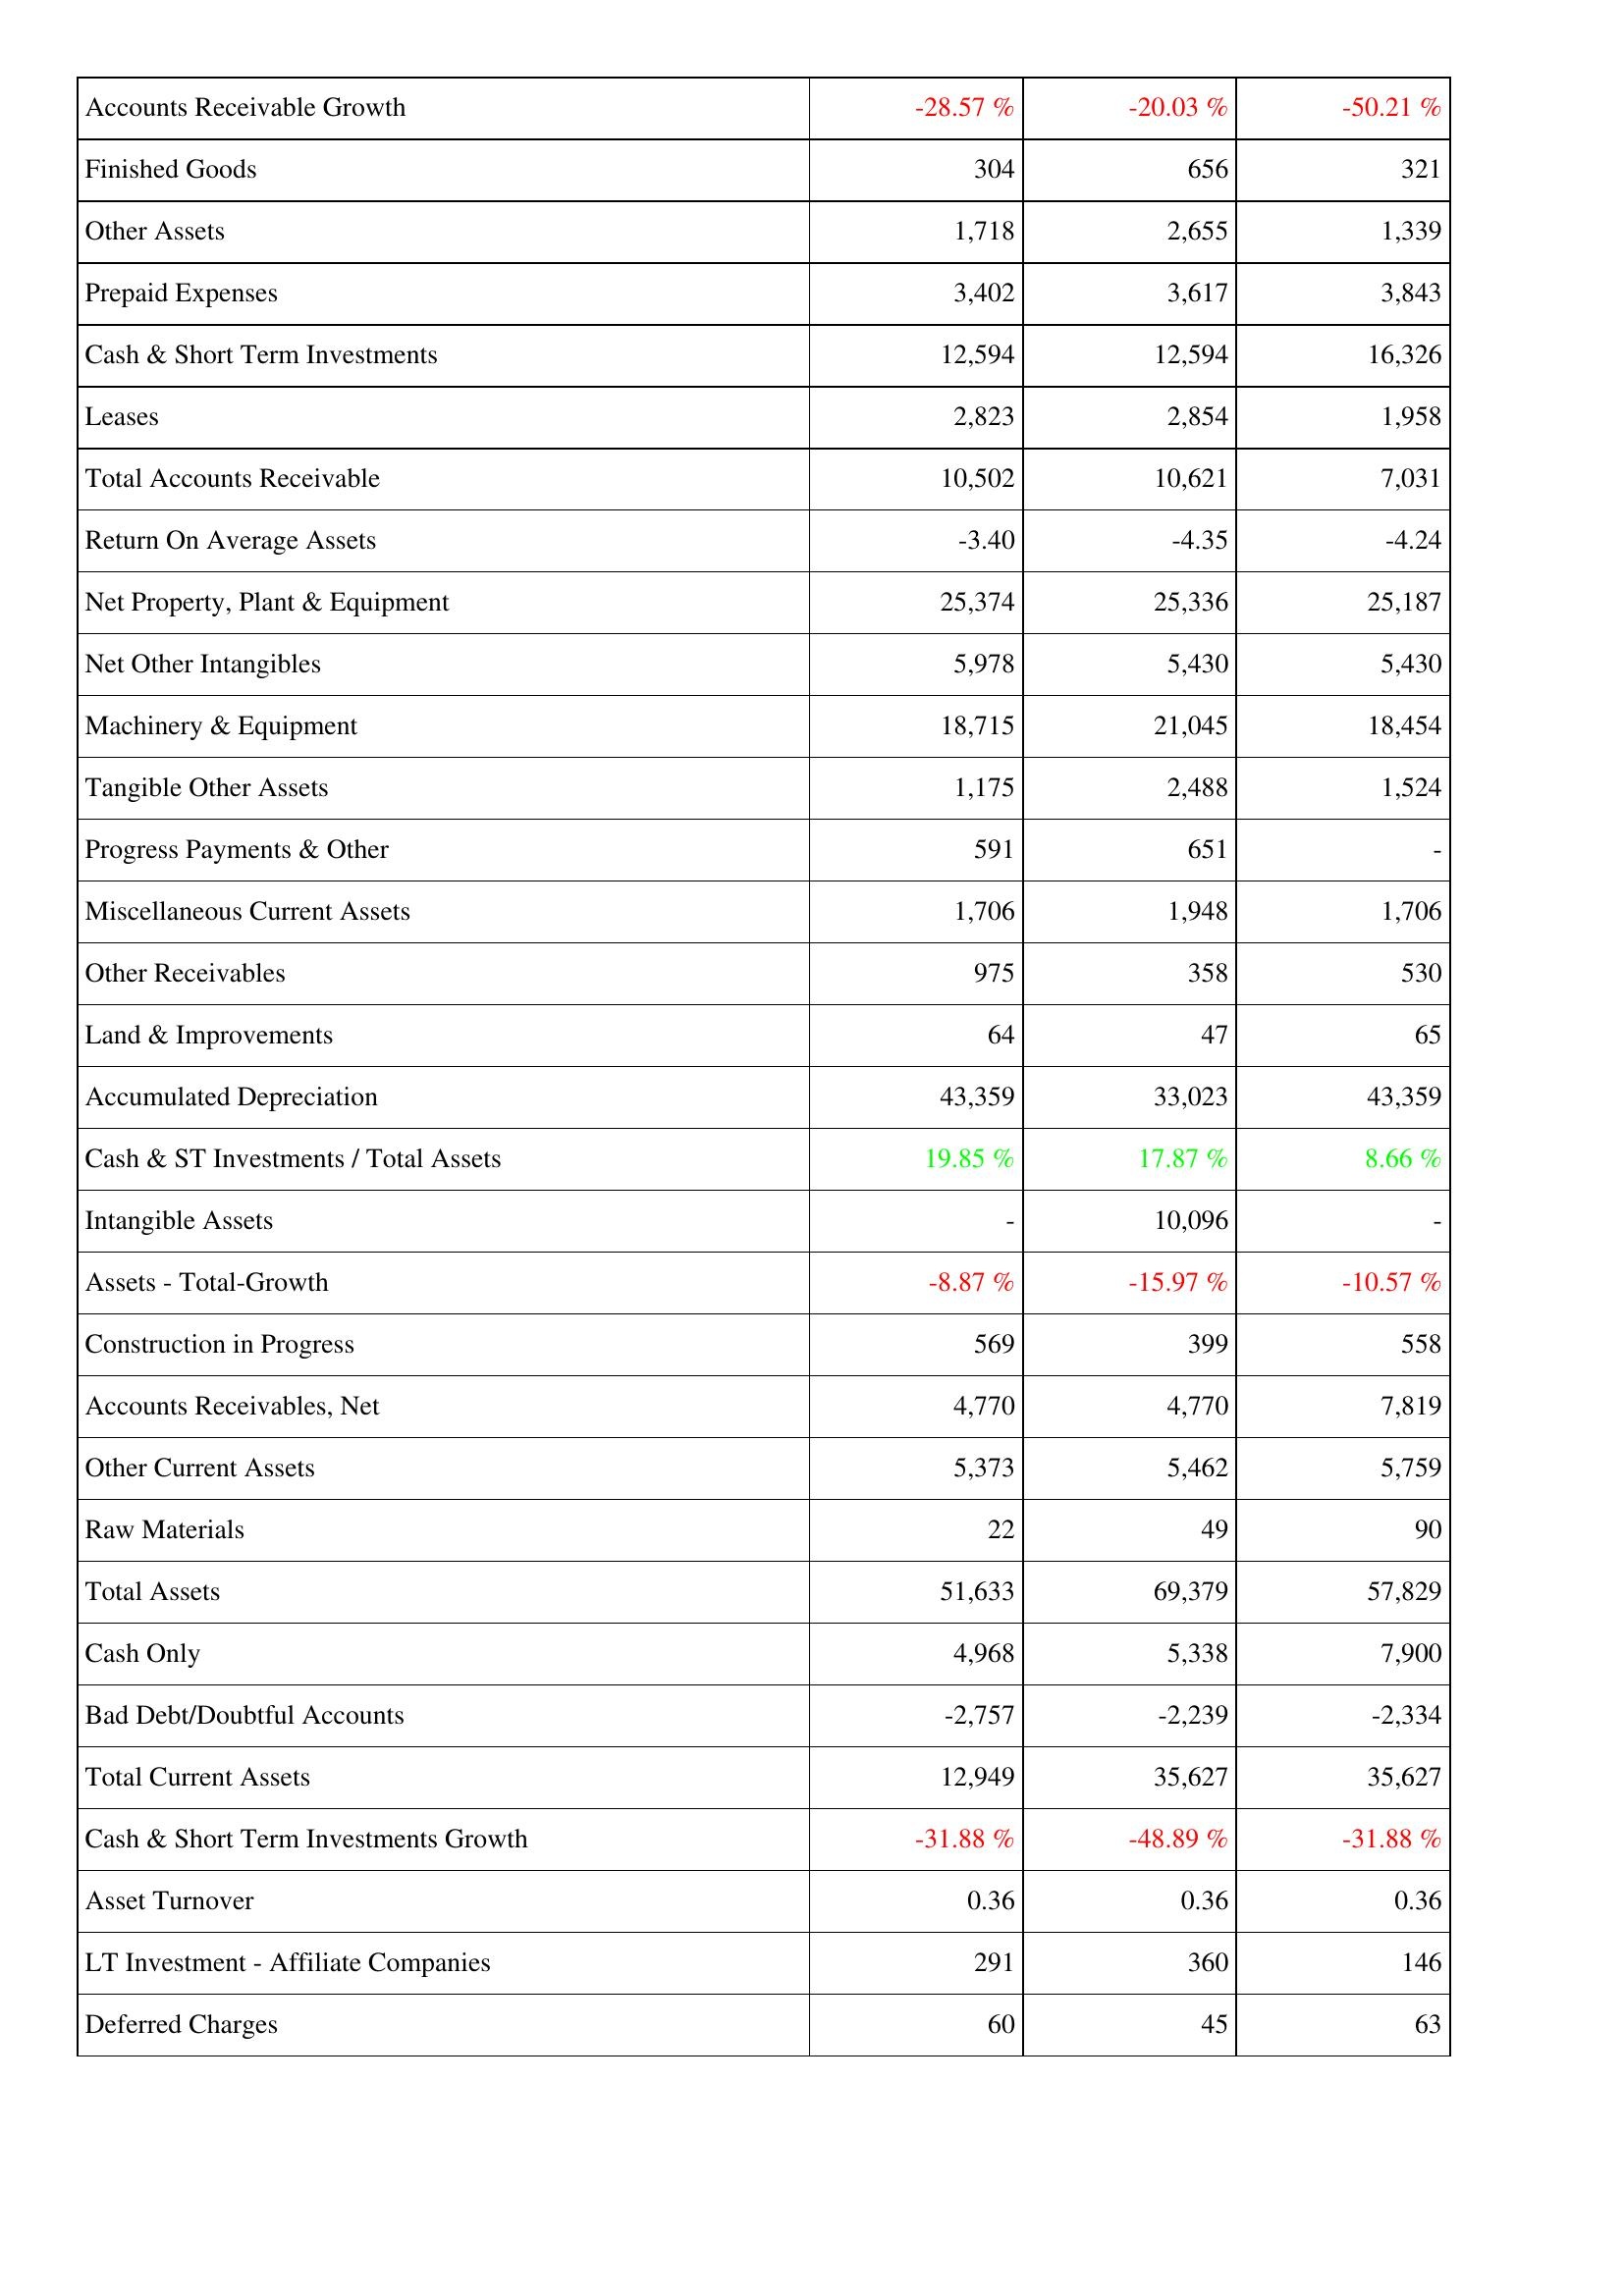
2024: Assets: Accounts Receivable Growth: -28.57 %
Finished Goods: 304
Other Assets: 1,718
Prepaid Expenses: 3,402
Cash & Short Term Investments: 12,594
Leases: 2,823
Total Accounts Receivable: 10,502
Return On Average Assets: -3.40
Net Property, Plant & Equipment: 25,374
Net Other Intangibles: 5,978
Machinery & Equipment: 18,715
Tangible Other Assets: 1,175
Progress Payments & Other: 591
Miscellaneous Current Assets: 1,706
Other Receivables: 975
Land & Improvements: 64
Accumulated Depreciation: 43,359
Cash & ST Investments / Total Assets: 19.85 %
Intangible Assets: -
Assets - Total-Growth: -8.87 %
Construction in Progress: 569
Accounts Receivables, Net: 4,770
Other Current Assets: 5,373
Raw Materials: 22
Total Assets: 51,633
Cash Only: 4,968
Bad Debt/Doubtful Accounts: -2,757
Total Current Assets: 12,949
Cash & Short Term Investments Growth: -31.88 %
Asset Turnover: 0.36
LT Investment - Affiliate Companies: 291
Deferred Charges: 60
2023: Assets: Accounts Receivable Growth: -20.03 %
Finished Goods: 656
Other Assets: 2,655
Prepaid Expenses: 3,617
Cash & Short Term Investments: 12,594
Leases: 2,854
Total Accounts Receivable: 10,621
Return On Average Assets: -4.35
Net Property, Plant & Equipment: 25,336
Net Other Intangibles: 5,430
Machinery & Equipment: 21,045
Tangible Other Assets: 2,488
Progress Payments & Other: 651
Miscellaneous Current Assets: 1,948
Other Receivables: 358
Land & Improvements: 47
Accumulated Depreciation: 33,023
Cash & ST Investments / Total Assets: 17.87 %
Intangible Assets: 10,096
Assets - Total-Growth: -15.97 %
Construction in Progress: 399
Accounts Receivables, Net: 4,770
Other Current Assets: 5,462
Raw Materials: 49
Total Assets: 69,379
Cash Only: 5,338
Bad Debt/Doubtful Accounts: -2,239
Total Current Assets: 35,627
Cash & Short Term Investments Growth: -48.89 %
Asset Turnover: 0.36
LT Investment - Affiliate Companies: 360
Deferred Charges: 45
2022: Assets: Accounts Receivable Growth: -50.21 %
Finished Goods: 321
Other Assets: 1,339
Prepaid Expenses: 3,843
Cash & Short Term Investments: 16,326
Leases: 1,958
Total Accounts Receivable: 7,031
Return On Average Assets: -4.24
Net Property, Plant & Equipment: 25,187
Net Other Intangibles: 5,430
Machinery & Equipment: 18,454
Tangible Other Assets: 1,524
Progress Payments & Other: -
Miscellaneous Current Assets: 1,706
Other Receivables: 530
Land & Improvements: 65
Accumulated Depreciation: 43,359
Cash & ST Investments / Total Assets: 8.66 %
Intangible Assets: -
Assets - Total-Growth: -10.57 %
Construction in Progress: 558
Accounts Receivables, Net: 7,819
Other Current Assets: 5,759
Raw Materials: 90
Total Assets: 57,829
Cash Only: 7,900
Bad Debt/Doubtful Accounts: -2,334
Total Current Assets: 35,627
Cash & Short Term Investments Growth: -31.88 %
Asset Turnover: 0.36
LT Investment - Affiliate Companies: 146
Deferred Charges: 63